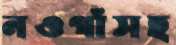
নওগাঁসহ